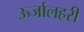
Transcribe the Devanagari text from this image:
ऊर्जालहरी